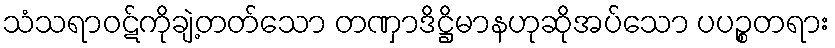
သံသရာဝဋ်ကိုချဲ့တတ်သော တဏှာဒိဋ္ဌိမာနဟုဆိုအပ်သော ပပဉ္စတရား